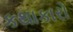
કથાકારો